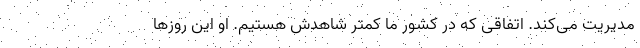
مدیریت می‌کند. اتفاقی که در کشور ما کمتر شاهدش هستیم. او این روزها